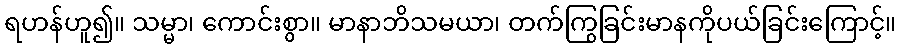
ရဟန်ဟူ၍။ သမ္မာ၊ ကောင်းစွာ။ မာနာဘိသမယာ၊ တက်ကြွခြင်းမာနကိုပယ်ခြင်းကြောင့်။